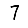
Digit: 7